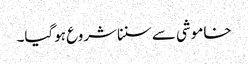
خاموشی سے سنناشروع ہوگیا۔